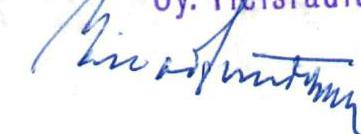
Einar Sundström